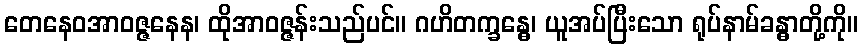
တေနေဝအာဝဇ္ဇနေန၊ ထိုအာဝဇ္ဇန်းသည်ပင်။ ဂဟိတက္ခန္ဓေ၊ ယူအပ်ပြီးသော ရုပ်နာမ်ခန္ဓာတို့ကို။